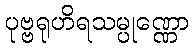
ပုဗ္ဗရုဟိရသမ္ပုဏ္ဏော